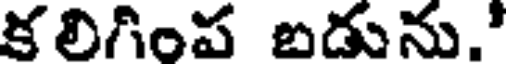
కలిగింప బడును."